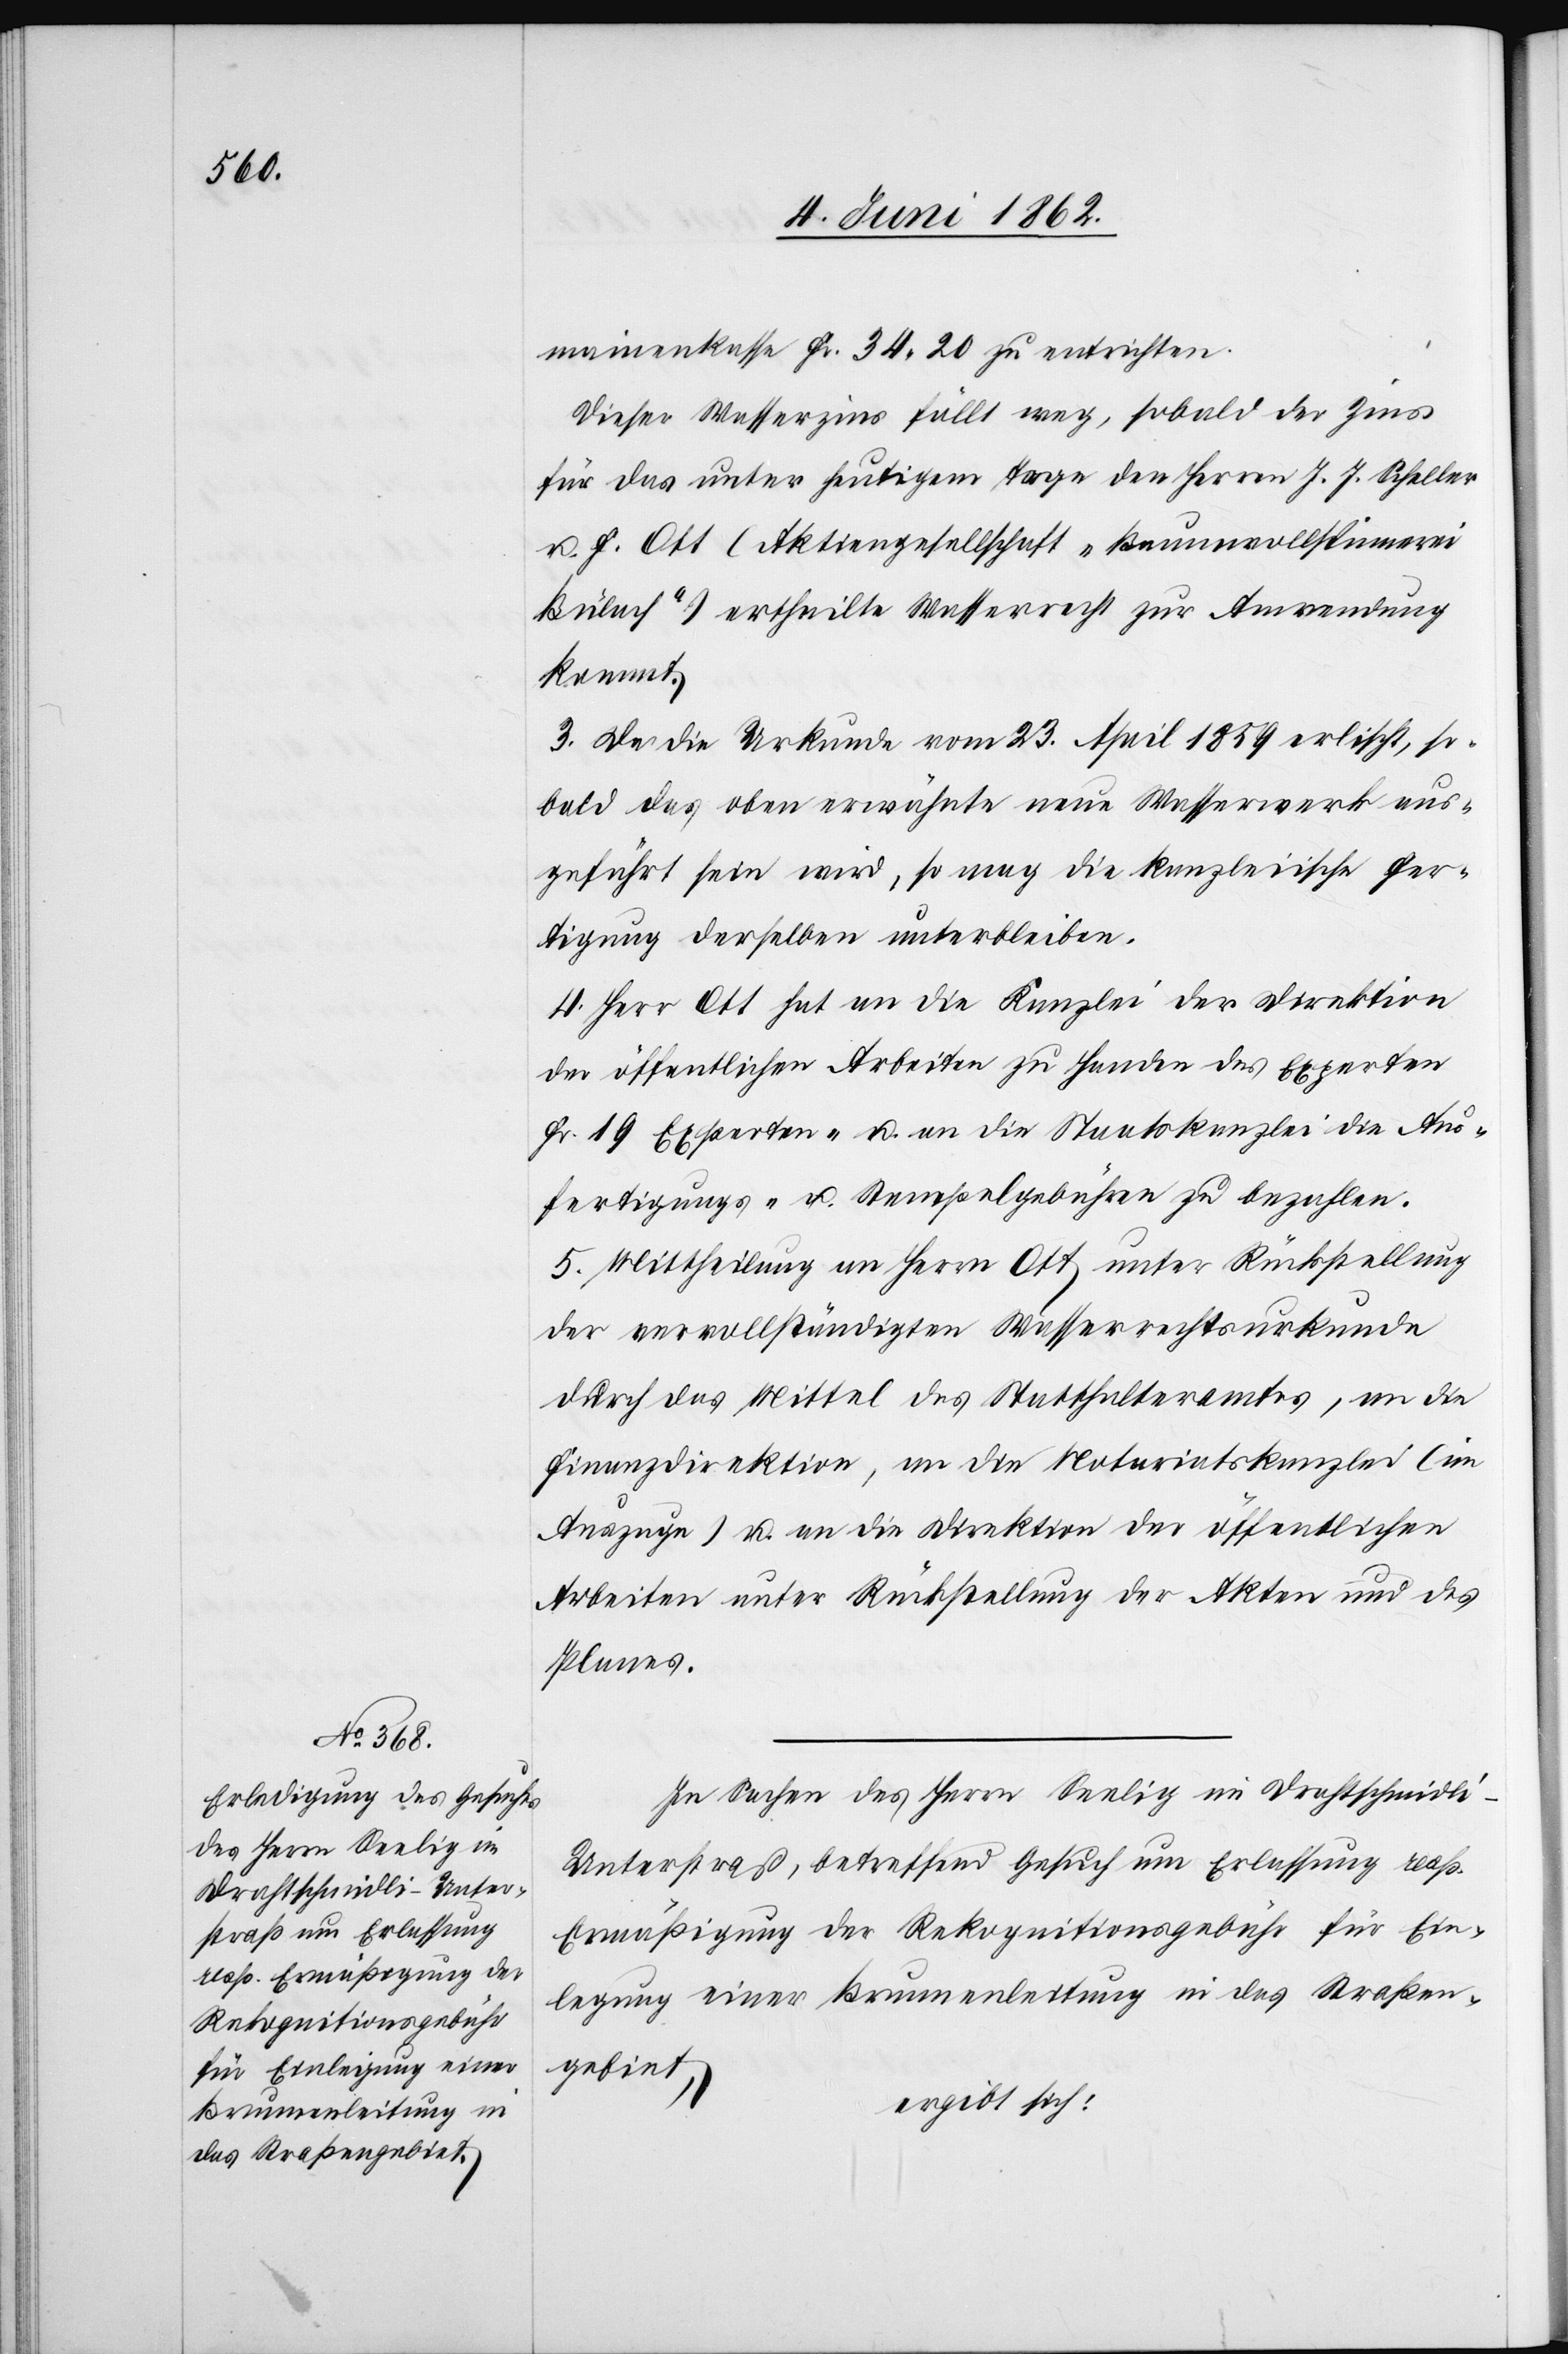
mainenkasse Fr. 34,20 zu entrichten.
Dieser Wasserzins fällt weg, sobald der Zins
für das unter heutigem Tage den Herren J. J. Scheller
u. F. Ott (Aktiengesellschaft „Baumwollspinnerei
Bülach“) ertheilte Wasserrecht zur Anwendung
kommt.
3. Da die Urkunde vom 23. April 1859 erlischt, so¬
bald das oben erwähnte neue Wasserwerk aus¬
geführt sein wird, so mag die kanzleiische Fer¬
tigung derselben unterbleiben.
4. Herr Ott hat an die Kanzlei der Direktion
der öffentlichen Arbeiten zu Handen des Experten
Fr. 19 Experten- u. an die Staatskanzlei die Aus¬
fertigungs- u. Stempelgebühren zu bezahlen.
5. Mittheilung an Herrn Ott unter Rückstellung
der vervollständigten Wasserrechtsurkunde
durch das Mittel des Statthalteramtes, an die
Finanzdirektion, an die Notariatskanzlei (im
Auszuge) u. an die Direktion der öffentlichen
Arbeiten unter Rückstellung der Akten und des
Planes.
In Sachen des Herrn Seelig im Drathschmidl¬
i–Unterstraß, betreffend Gesuch um Erlassung resp.
Ermäßigung der Rekognitionsgebühr für Ein¬
legung einer Brunnenleitung in das Straßen¬
gebiet,
ergibt sich: